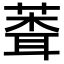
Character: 𬝞